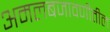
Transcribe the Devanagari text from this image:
अमलबजावणीतील